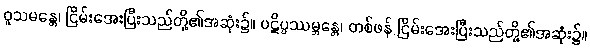
ဝူသမန္တေ၊ ငြိမ်းအေးပြီးသည်တို့၏အဆုံး၌။ ပဋိပ္ပဿမ္ဘန္တေ၊ တစ်ဖန် ငြိမ်းအေးပြီးသည်တို့၏အဆုံး၌။